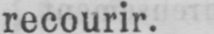
recourir.